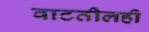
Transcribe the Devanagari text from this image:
वाटतीलही